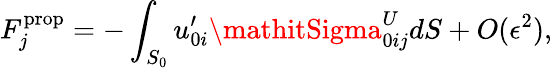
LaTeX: F_{j}^{\textrm{prop}}=-\int_{S_{0}}u_{0i}^{\prime}\mathitSigma_{0ij}^{U}dS+O(\epsilon^{2}),